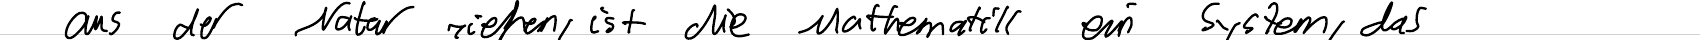
aus der Natur ziehen, ist die Mathematik ein System, das